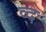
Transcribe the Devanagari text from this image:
व्द